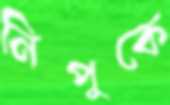
নিপুকে